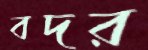
বদর